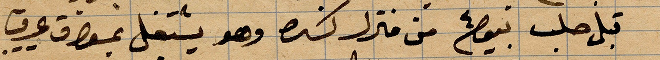
قبل حلب .... من منزل كسره وهو يشتغل ... عرق